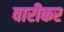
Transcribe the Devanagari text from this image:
वारीकर